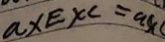
a \times E \times c = a \times